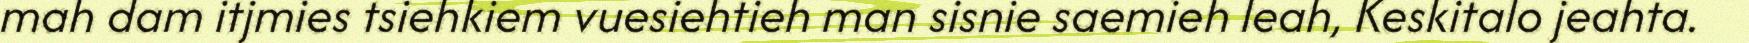
mah dam itjmies tsiehkiem vuesiehtieh man sisnie saemieh leah, Keskitalo jeahta.